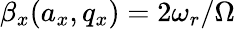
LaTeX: \beta_{x}(a_{x},q_{x})=2\omega_{r}/\Omega